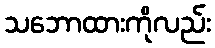
သဘောထားကိုလည်း